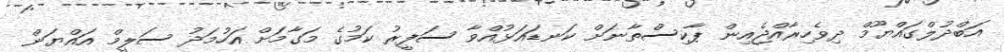
އަބްދުލްގައްޔޫމް ދިވެހިރާއްޖެއިން ޕާކިސްތާނަށް ކަނޑައަޅުއްވާ ސަފީރު ކަމުގެ މަގާމަށް އަހުމަދު ސަލީމް އައްޔަން